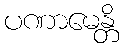
ပဏာမေန္တိ